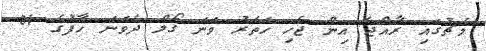
މެޗުގައި ރާއްޖެ އިން ޖެހި ހަތަރު ވަނަ ގޯލް ދެވަނަ ހާފުގެ 81